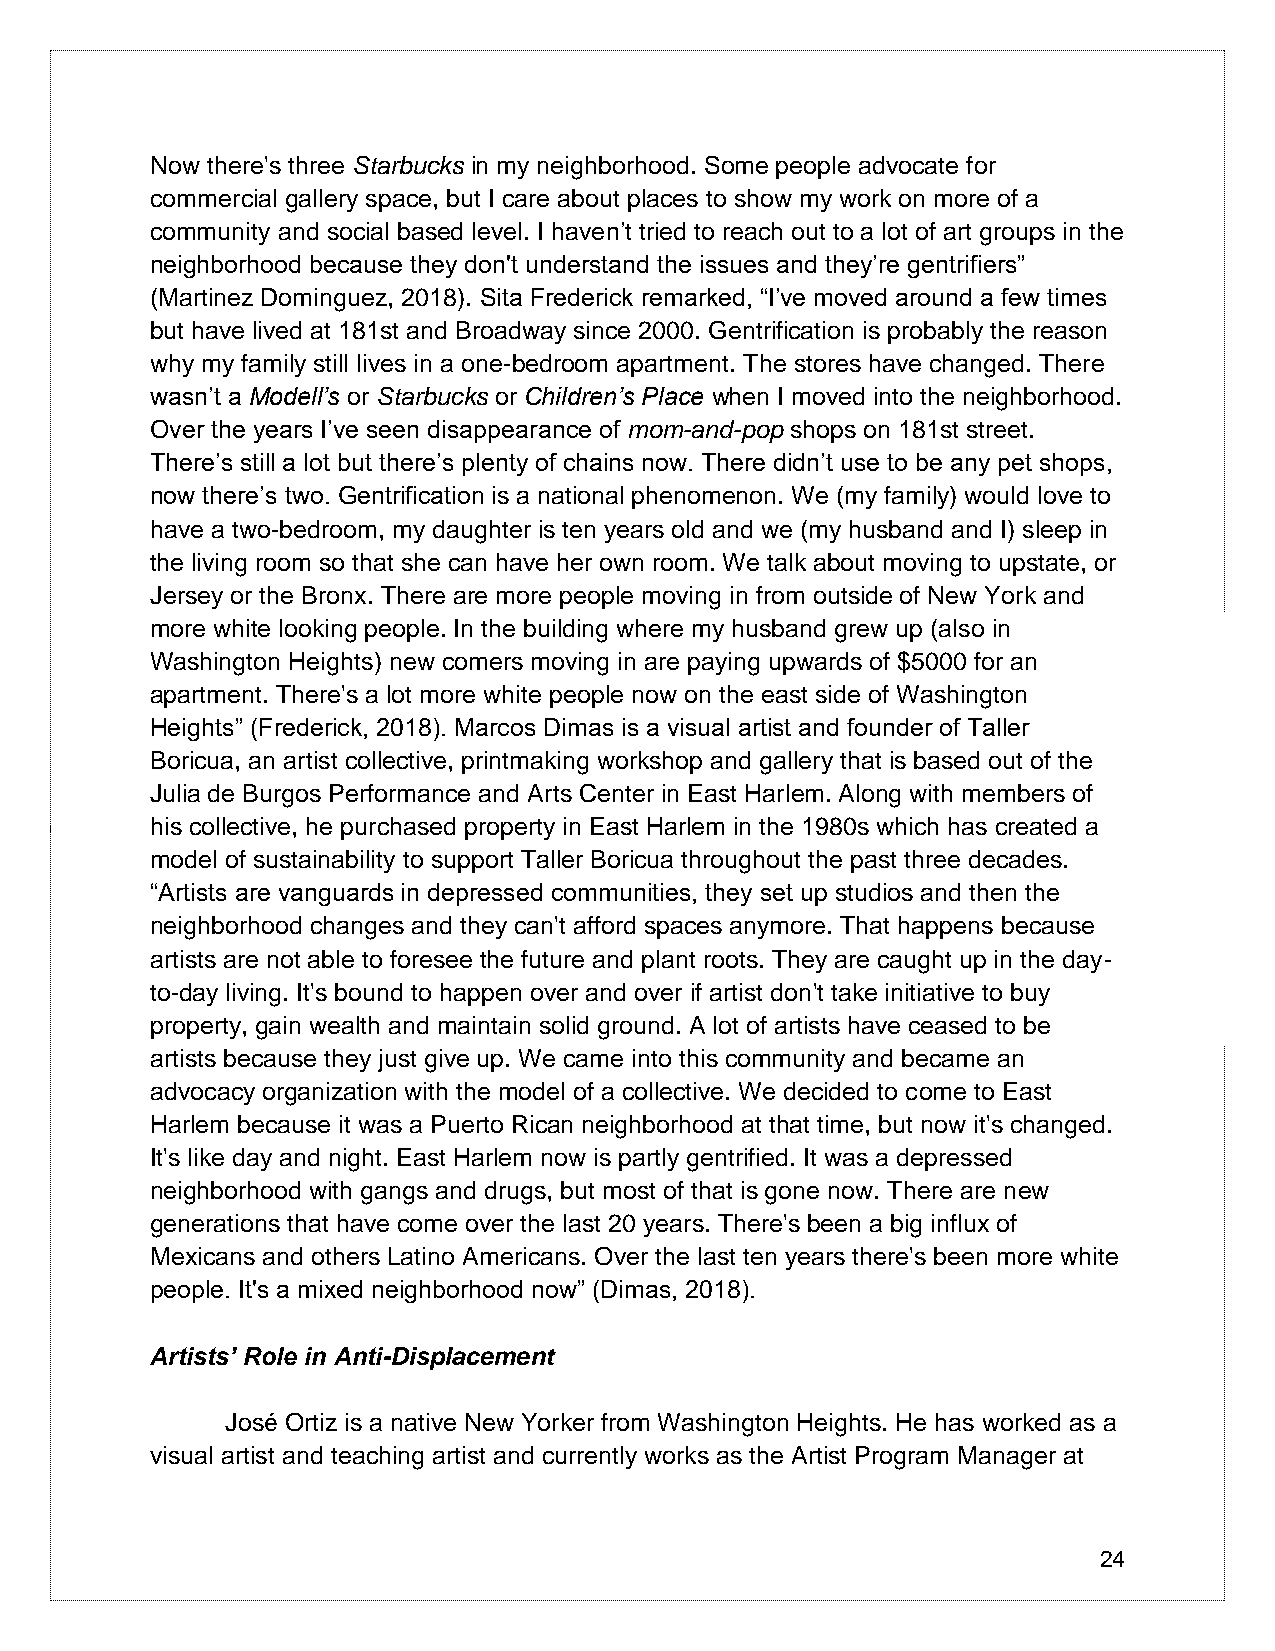
Now there's three Starbucks in my neighborhood. Some people advocate for
 commercial gallery space, but I care about places to show my work on more of a
 community and social based level. I haven’t tried to reach out to a lot of art groups in the
 neighborhood because they don't understand the issues and they’re gentrifiers”
 (Martinez Dominguez, 2018). Sita Frederick remarked, “I’ve moved around a few times
 but have lived at 181st and Broadway since 2000. Gentrification is probably the reason
 why my family still lives in a one-bedroom apartment. The stores have changed. There
 wasn’t a Modell’s or Starbucks or Children’s Place when I moved into the neighborhood.
 Over the years I’ve seen disappearance of mom-and-pop shops on 181st street.
 There’s still a lot but there’s plenty of chains now. There didn’t use to be any pet shops,
 now there’s two. Gentrification is a national phenomenon. We (my family) would love to
 have a two-bedroom, my daughter is ten years old and we (my husband and I) sleep in
 the living room so that she can have her own room. We talk about moving to upstate, or
 Jersey or the Bronx. There are more people moving in from outside of New York and
 more white looking people. In the building where my husband grew up (also in
 Washington Heights) new comers moving in are paying upwards of $5000 for an
 apartment. There's a lot more white people now on the east side of Washington
 Heights” (Frederick, 2018). Marcos Dimas is a visual artist and founder of Taller
 Boricua, an artist collective, printmaking workshop and gallery that is based out of the
 Julia de Burgos Performance and Arts Center in East Harlem. Along with members of
 his collective, he purchased property in East Harlem in the 1980s which has created a
 model of sustainability to support Taller Boricua throughout the past three decades.
 “Artists are vanguards in depressed communities, they set up studios and then the
 neighborhood changes and they can't afford spaces anymore. That happens because
 artists are not able to foresee the future and plant roots. They are caught up in the day-
 to-day living. It's bound to happen over and over if artist don't take initiative to buy
 property, gain wealth and maintain solid ground. A lot of artists have ceased to be
 artists because they just give up. We came into this community and became an
 advocacy organization with the model of a collective. We decided to come to East
 Harlem because it was a Puerto Rican neighborhood at that time, but now it's changed.
 It's like day and night. East Harlem now is partly gentrified. It was a depressed
 neighborhood with gangs and drugs, but most of that is gone now. There are new
 generations that have come over the last 20 years. There's been a big influx of
 Mexicans and others Latino Americans. Over the last ten years there's been more white
 people. It's a mixed neighborhood now” (Dimas, 2018).
 Artists’ Role in Anti-Displacement
 José Ortiz is a native New Yorker from Washington Heights. He has worked as a
 visual artist and teaching artist and currently works as the Artist Program Manager at
 24